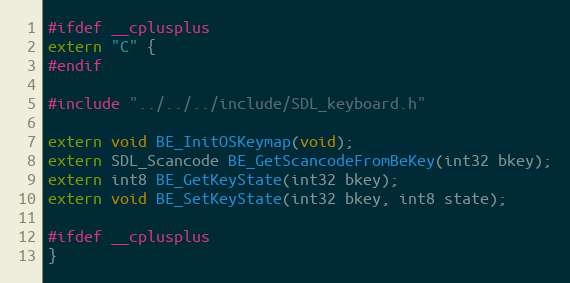
Language: C
#ifdef __cplusplus
extern "C" {
#endif

#include "../../../include/SDL_keyboard.h"

extern void BE_InitOSKeymap(void);
extern SDL_Scancode BE_GetScancodeFromBeKey(int32 bkey);
extern int8 BE_GetKeyState(int32 bkey);
extern void BE_SetKeyState(int32 bkey, int8 state);

#ifdef __cplusplus
}